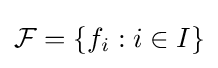
{\mathcal {F}}=\left\{f_{i}:i\in I\right\}